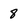
Character: 8